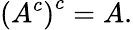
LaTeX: \left(A^{c}\right)^{c}=A.